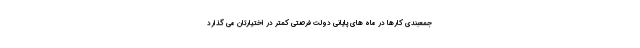
جمعبندی کارها در ماه های پایانی دولت فرصتی کمتر در اختیارتان می گذارد